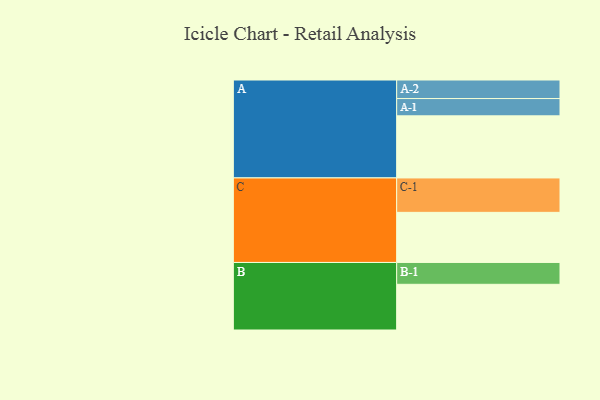
{"axis": {"x": "Segment", "y": "Value"}, "legend": ["", "A", "B", "C"], "data": [{"x": "A", "y": 435, "type": ""}, {"x": "B", "y": 320, "type": ""}, {"x": "C", "y": 351, "type": ""}, {"x": "A-1", "y": 121, "type": "A"}, {"x": "A-2", "y": 130, "type": "A"}, {"x": "B-1", "y": 153, "type": "B"}, {"x": "C-1", "y": 241, "type": "C"}]}